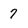
Character: 7